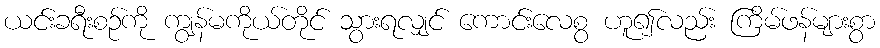
ယင်းခရီးစဉ်ကို ကျွန်မကိုယ်တိုင် သွားရလျှင် ကောင်းလေစွ ဟူ၍လည်း ကြိမ်ဖန်များစွာ